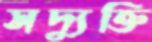
সদ্যুক্তি